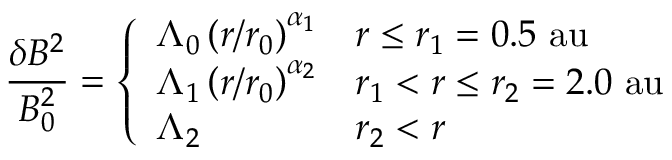
\frac { \delta B ^ { 2 } } { B _ { 0 } ^ { 2 } } = \left\{ \begin{array} { l l } { \Lambda _ { 0 } \left( r / r _ { 0 } \right) ^ { \alpha _ { 1 } } } & { r \leq r _ { 1 } = 0 . 5 \mathrm { ~ a u } } \\ { \Lambda _ { 1 } \left( r / r _ { 0 } \right) ^ { \alpha _ { 2 } } } & { r _ { 1 } < r \leq r _ { 2 } = 2 . 0 \mathrm { ~ a u } } \\ { \Lambda _ { 2 } } & { r _ { 2 } < r } \end{array} \right.